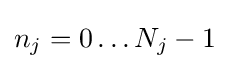
{\textstyle n_{j}=0\ldots N_{j}-1}